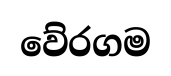
වේරගම